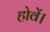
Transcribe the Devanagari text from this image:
होवें।